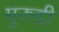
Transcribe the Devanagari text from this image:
मुरुडी